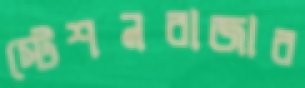
স্টেশনবাজার